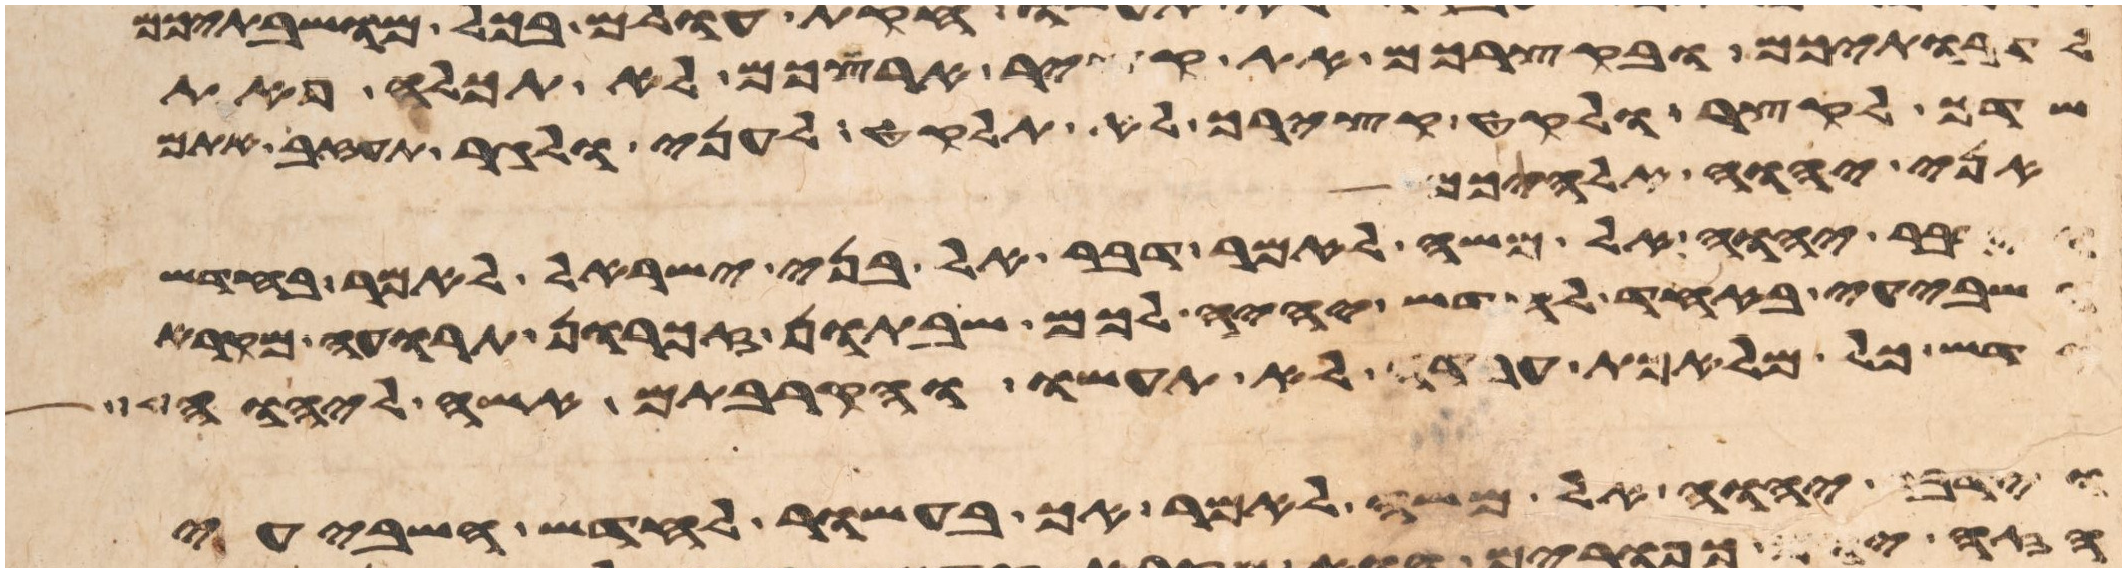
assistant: לדרתיכם ובקצירכם את קציר ארצכם לא תכלה פאת
שדך לקצר ולקט קצירך לא תלקט לעני ולגר תעזב אתם
אני יהוה אלהיכם
וידבר יהוה אל משה לאמר דבר אל בני ישראל לאמר בחדש
השביעי באחד לחדש יהיה לכם שבתון זכרון תרועה מקרא
קדש כל מלאכת עבדה לא תעשו והקרבתם אשה ליהוה
וידבר יהוה אל משה לאמר אך בעשור לחדש השביעי